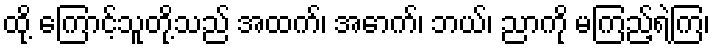
ထို့ ကြောင့်သူတို့သည် အထက်၊ အောက်၊ ဘယ်၊ ညာကို မကြည့်ရဲကြ၊